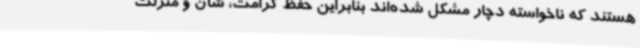
هستند که ناخواسته دچار مشکل شده‌اند بنابراین حفظ کرامت، شأن و منزلت